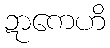
ဍာကေဟိ